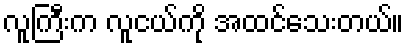
လူကြီးက လူငယ်ကို အထင်သေးတယ်။